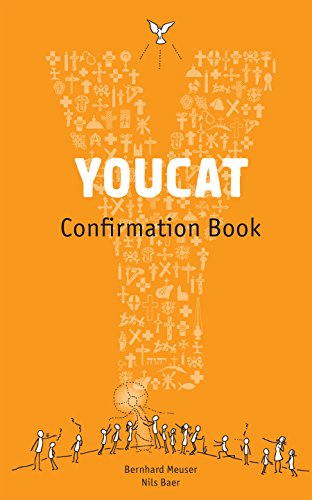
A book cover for YOUCAT Confirmation: Student Book; Bernhard Meuser; Christian Books & Bibles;